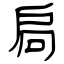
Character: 扃